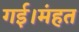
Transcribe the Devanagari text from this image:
गई।मंहत